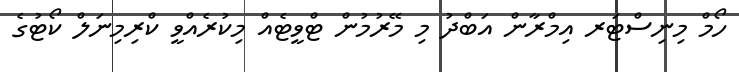
ހޯމް މިނިސްޓަރ އިމްރާން އަބްދު މި މޭރުމުން ޓްވީޓެއް މިކުރެއްވީ ކްރިމިނަލް ކޯޓުގެ